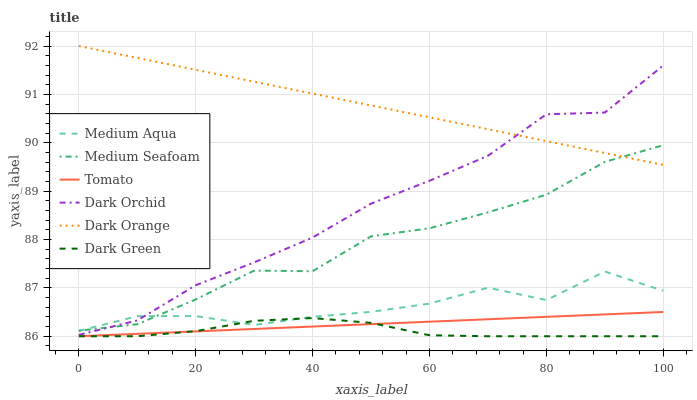
| xaxis_label | Medium Aqua | Medium Seafoam | Tomato | Dark Orchid | Dark Orange | Dark Green |
 | --- | --- | --- | --- | --- | --- | --- |
 | 0 | 86.1 | 86.1 | 86 | 86 | 92 | 86 |
 | 10 | 86.4 | 86.2 | 86.1 | 86.3 | 91.8 | 86 |
 | 20 | 86.4 | 86.8 | 86.1 | 87.1 | 91.5 | 86.1 |
 | 30 | 86.2 | 87.4 | 86.2 | 87.5 | 91.3 | 86.3 |
 | 40 | 86.4 | 87.3 | 86.2 | 88 | 91 | 86.4 |
 | 50 | 86.5 | 88.1 | 86.3 | 88.7 | 90.8 | 86.3 |
 | 60 | 86.7 | 88.2 | 86.3 | 89.2 | 90.5 | 86 |
 | 70 | 87 | 88.6 | 86.4 | 89.7 | 90.3 | 86 |
 | 80 | 86.7 | 88.9 | 86.4 | 90.6 | 90 | 86 |
 | 90 | 87.3 | 89.6 | 86.5 | 90.6 | 89.8 | 86 |
 | 100 | 86.9 | 89.9 | 86.5 | 91.6 | 89.5 | 86 |